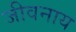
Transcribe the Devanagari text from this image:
जीवनाय